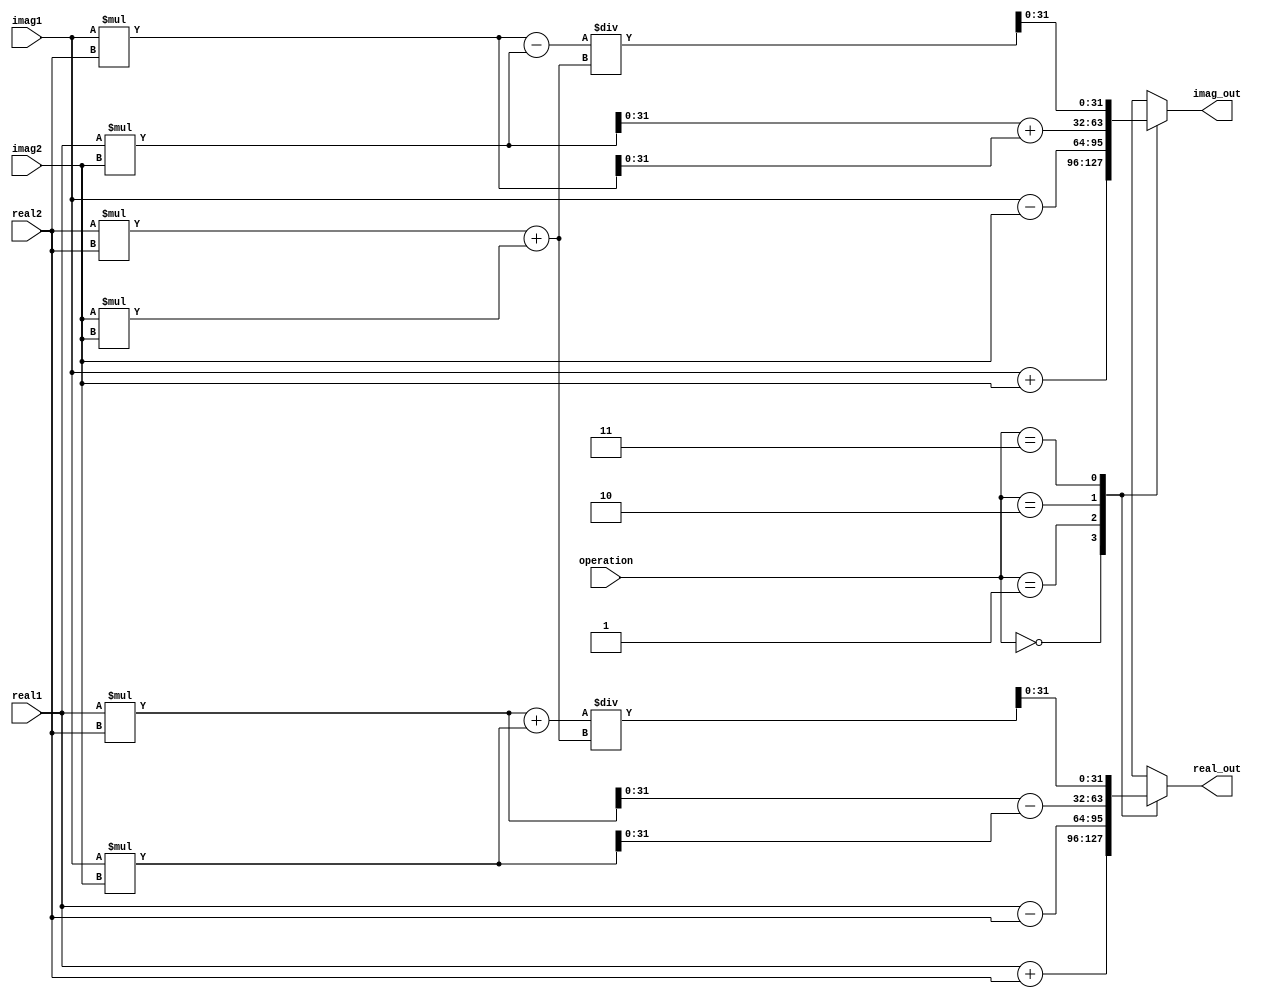
module ComplexALU (
    input wire [31:0] real1,
    input wire [31:0] imag1,
    input wire [31:0] real2,
    input wire [31:0] imag2,
    input wire [1:0] operation, // 0: addition, 1: subtraction, 2: multiplication, 3: division
    output wire [31:0] real_out,
    output wire [31:0] imag_out
);

reg [63:0] temp_real;
reg [63:0] temp_imag;

always @(*)
begin
    case(operation)
        2'd0: begin // Addition
            temp_real = real1 + real2;
            temp_imag = imag1 + imag2;
        end
        2'd1: begin // Subtraction
            temp_real = real1 - real2;
            temp_imag = imag1 - imag2;
        end
        2'd2: begin // Multiplication
            temp_real = (real1 * real2) - (imag1 * imag2);
            temp_imag = (real1 * imag2) + (imag1 * real2);
        end
        2'd3: begin // Division
            temp_real = ((real1 * real2) + (imag1 * imag2)) / (real2*real2 + imag2*imag2);
            temp_imag = ((imag1 * real2) - (real1 * imag2)) / (real2*real2 + imag2*imag2);
        end
        default: begin
            temp_real = 32'b0; // Default to 0
            temp_imag = 32'b0; // Default to 0
        end
    endcase
end

assign real_out = temp_real[31:0];
assign imag_out = temp_imag[31:0];

endmodule